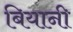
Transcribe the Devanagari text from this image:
बियानी